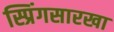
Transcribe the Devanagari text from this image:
स्प्रिंगसारखा